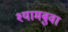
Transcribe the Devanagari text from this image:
श्यामबुवा